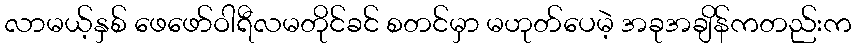
လာမယ့်နှစ် ဖေဖော်ဝါရီလမတိုင်ခင် စတင်မှာ မဟုတ်ပေမဲ့ အခုအချိန်ကတည်းက